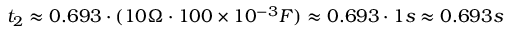
t _ { 2 } \approx 0 . 6 9 3 \cdot ( 1 0 \Omega \cdot 1 0 0 \times 1 0 ^ { - 3 } F ) \approx 0 . 6 9 3 \cdot 1 s \approx 0 . 6 9 3 s